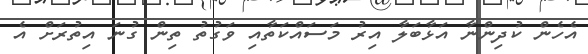
އެހެން ކުދިންނާ އަޅާބަލާ އިރު މަސައްކަތާއި ވަގުތު ތިން ގުނަ އިތުރަށް އެ